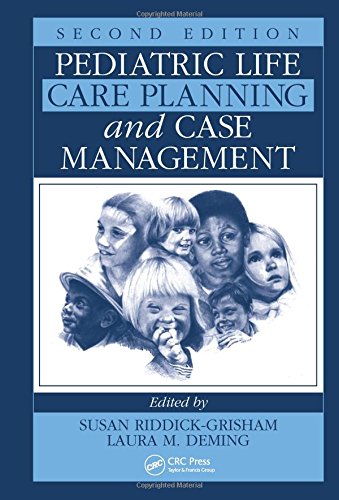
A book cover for Pediatric Life Care Planning and Case Management, Second Edition; Law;